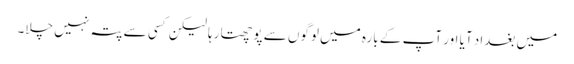
میں بغداد آیا اور آپ کے بارہ میں لوگوں سے پوچھتا رہا لیکن کسی سے پتہ نہیں چلا۔